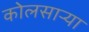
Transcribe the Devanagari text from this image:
कोलसाऱ्या